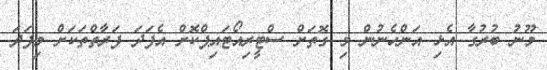
މޫނު ބުރުގާ އެޅި އަންހެނުން މި ގޮތަށް ސްޓީރިއޯޓައިޕްކޮށް އެފަދަ ފަރާތްތަކަށް މިފަދަ